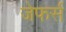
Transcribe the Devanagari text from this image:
जेफर्स